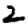
Digit: 2